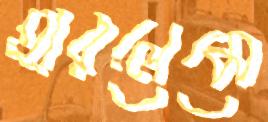
হারলেমে